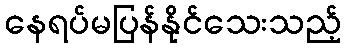
နေရပ်မပြန်နိုင်သေးသည့်